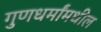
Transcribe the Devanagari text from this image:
गुणधर्मांमधील